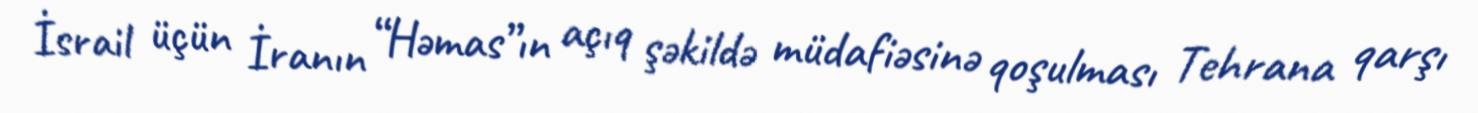
İsrail üçün İranın “Həmas”ın açıq şəkildə müdafiəsinə qoşulması Tehrana qarşı